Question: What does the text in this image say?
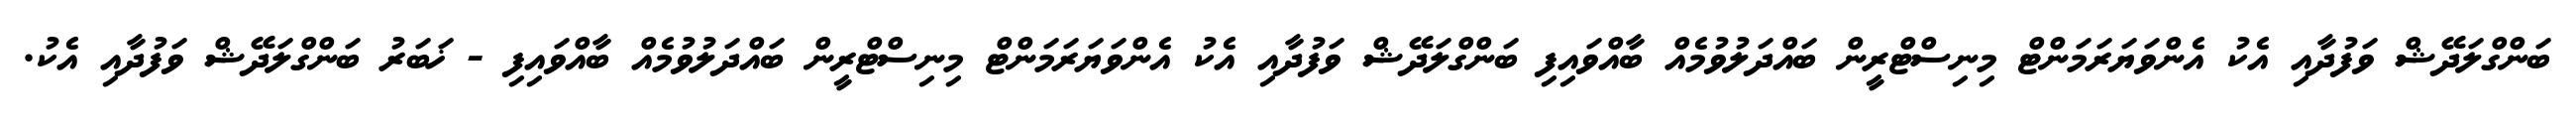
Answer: ބަންގްލަދޭޝް ވަފުދާއި އެކު އެންވަޔަރަމަންޓް މިނިސްޓްރީން ބައްދަލުވުމެއް ބާއްވައިފި ބަންގްލަދޭޝް ވަފުދާއި އެކު އެންވަޔަރަމަންޓް މިނިސްޓްރީން ބައްދަލުވުމެއް ބާއްވައިފި - ޚަބަރު ބަންގްލަދޭޝް ވަފުދާއި އެކު.